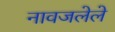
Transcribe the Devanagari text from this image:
नावजलेले